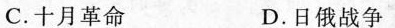
C.十月革命 D.日俄战争